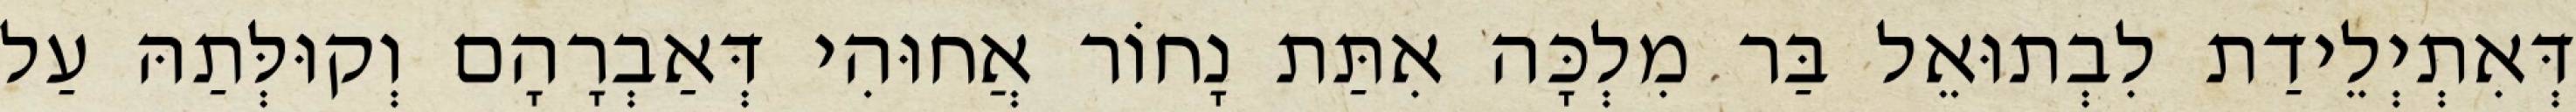
דְּאִתְיְלֵידַת לִבְתוּאֵל בַּר מִלְכָּה אִתַּת נָחוֹר אֲחוּהִי דְּאַבְרָהָם וְקוּלְּתַהּ עַל